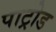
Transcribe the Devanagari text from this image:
पाट्रोड